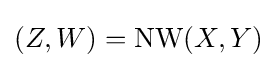
(Z,W)=\operatorname {NW} (X,Y)